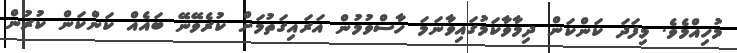
މުހިއްމެވެ. މިފަދަ ކަންކަން ދިމާވާކަމުގައިވާނަމަ ހާސްވުމުން އަރައިގަތުމަށް ކުރެވޭނޭ ބައެއް ކަންކަން ކުރުން